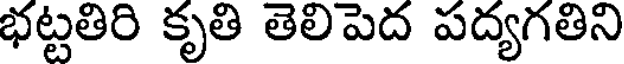
భట్టతిరి కృతి తెలిపెద పద్యగతిని